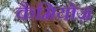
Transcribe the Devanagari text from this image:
कैमियोज़